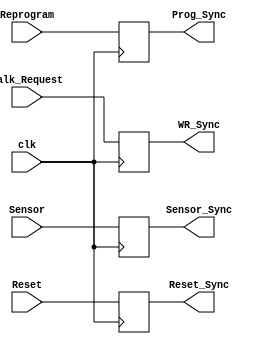
`timescale 1ns/1ps

module synchronizer(clk, Reprogram, Walk_Request, Sensor, Reset, Reset_Sync, Sensor_Sync, WR_Sync, Prog_Sync);
  
  input clk, Reprogram, Walk_Request, Sensor, Reset;
  output reg  Reset_Sync, Sensor_Sync, WR_Sync, Prog_Sync;
  
  always @(posedge clk)
    
    begin
      
      Reset_Sync = Reset;
      Sensor_Sync = Sensor;
      WR_Sync = Walk_Request;
      Prog_Sync = Reprogram;
      
    end
  
endmodule